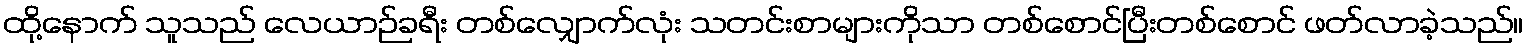
ထို့နောက် သူသည် လေယာဉ်ခရီး တစ်လျှောက်လုံး သတင်းစာများကိုသာ တစ်စောင်ပြီးတစ်စောင် ဖတ်လာခဲ့သည်။